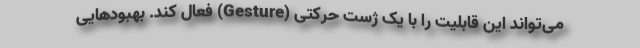
می‌تواند این قابلیت را با یک ژست حرکتی (Gesture) فعال کند. بهبودهایی